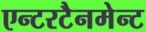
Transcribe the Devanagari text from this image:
एन्टरटैनमेन्ट